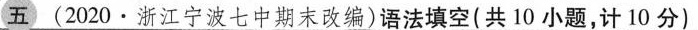
五(2020 · 浙江宁波七中期末改编)语法填空(共 10 小题,计 10 分)